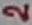
Text: 2